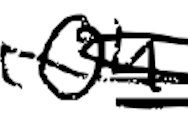
Text: on
Cross-out: scratch
Writing tool: digital_black